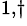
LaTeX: ^{1,\dagger}